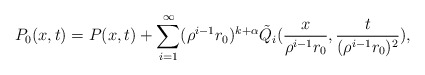
\begin{align*}P_0(x,t) = P(x,t) + \sum_{i=1}^{\infty } (\rho^{i-1} r_0)^{k+\alpha} \tilde Q_{i}(\frac{x}{\rho^{i-1} r_0}, \frac{t}{(\rho^{i-1} r_0)^2}),\end{align*}